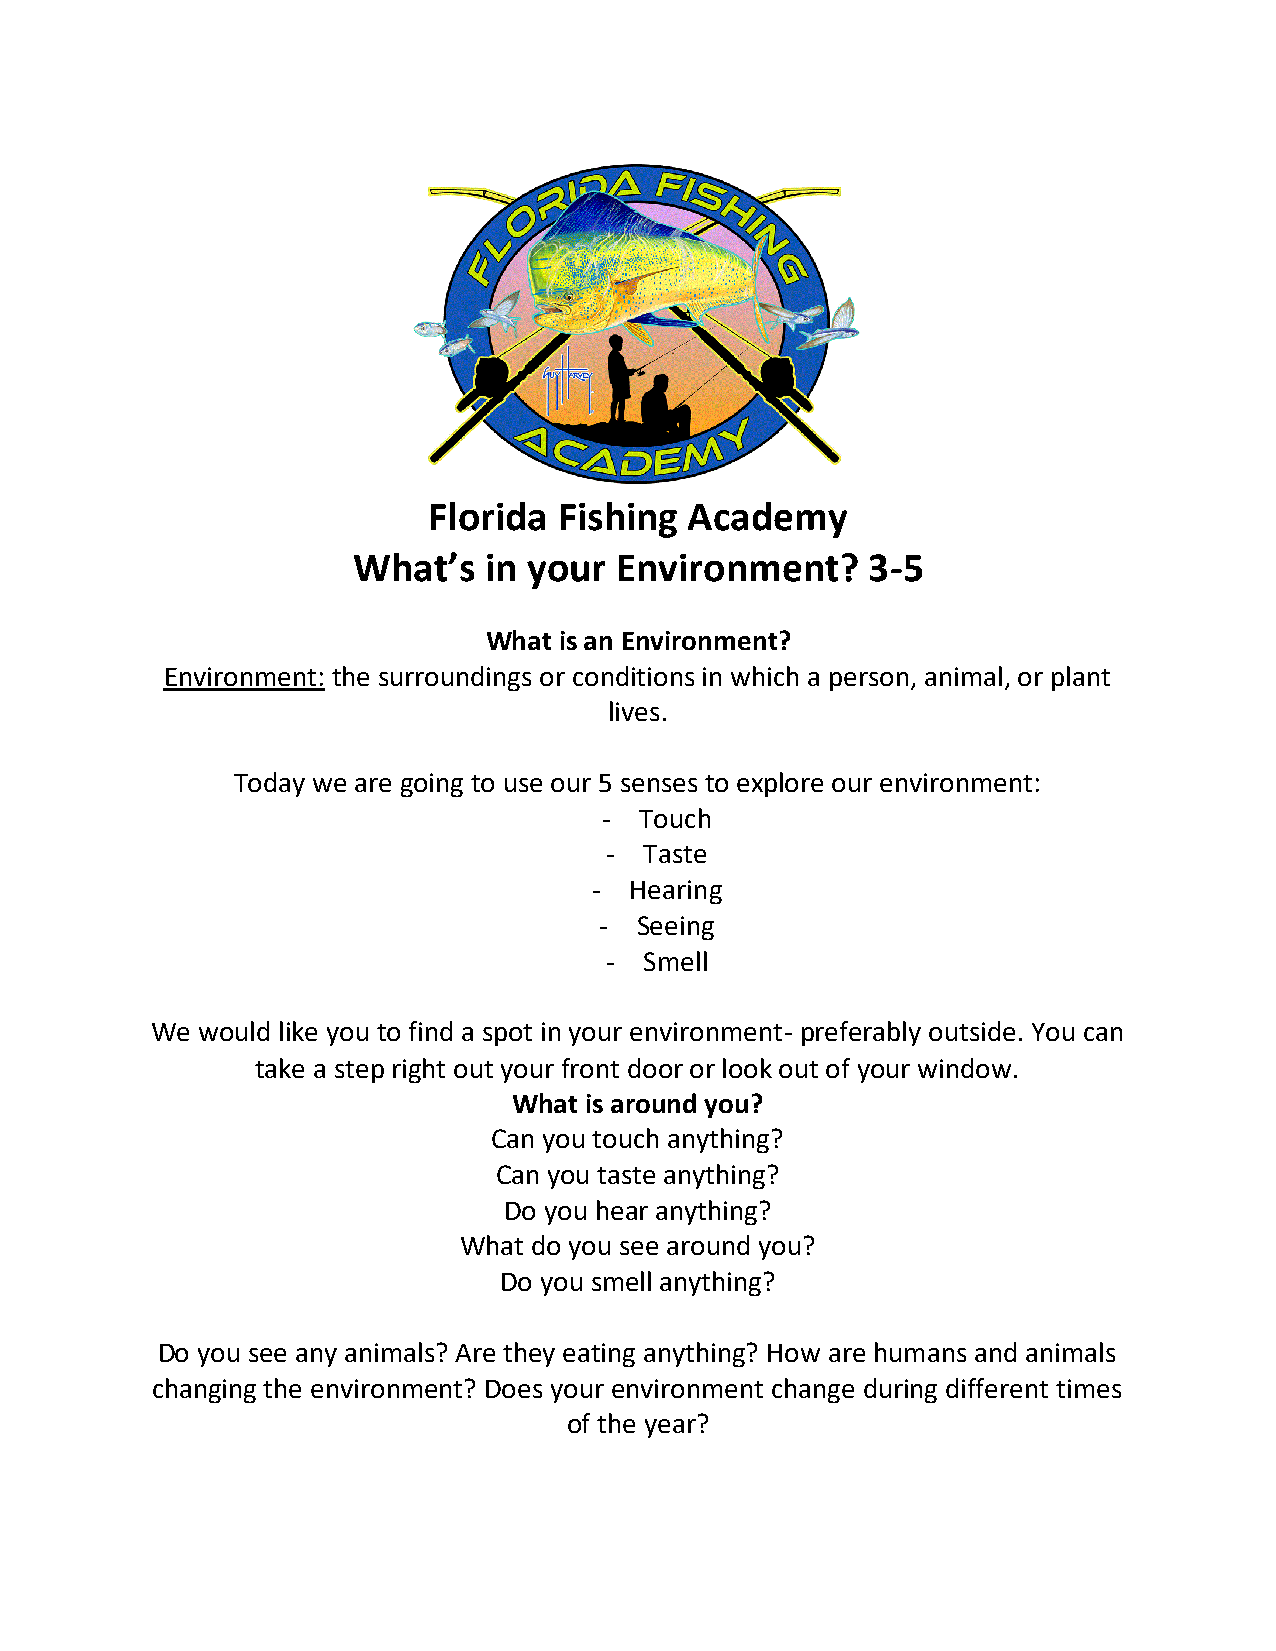
Florida  Fishing Academy
 What’s   in your  Environment?    3-5
 What is an Environment?
 Environment: the surroundings or conditions in which a person, animal, or plant
 lives.
 Today we are going to use our 5 senses to explore our environment:
 - Touch
 -  Taste
 -  Hearing
 - Seeing
 -  Smell
 We would like you to find a spot in your environment- preferably outside. You can
 take a step right out your front door or look out of your window.
 What is around you?
 Can you touch anything?
 Can you taste anything?
 Do you hear anything?
 What do you see around you?
 Do you smell anything?
 Do you see any animals? Are they eating anything? How are humans and animals
 changing the environment? Does your environment change during different times
 of the year?